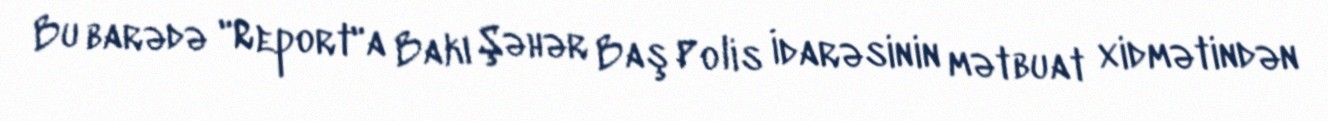
Bu barədə "Report"a Bakı Şəhər Baş Polis İdarəsinin mətbuat xidmətindən